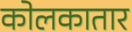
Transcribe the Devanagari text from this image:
कोलकातार